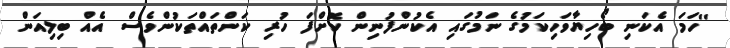
''ހަމަ އެކަނި ބޯހިޔާވަހިކަމުގެ ނަމުގައި އެކުންފުނިން ކޮށްފަ ހުރި ކަންތައްތަކުންވެސް އެއް ބިލިއަން